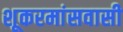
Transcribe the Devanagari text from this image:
शूकरमांसवासी